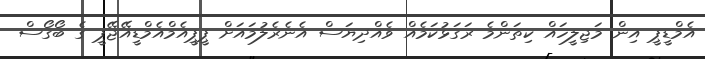
އެމްޑީޕީ އިން މަޖިލީހައް ކިތަންމެ ރަގަޅުކަމެއް ވެއްދިޔަސް އެނެރެލުމައަށް ޕީޕީއެމްއެމްޑީއޭޖޭޕީ ގެ ބޯގޯސް